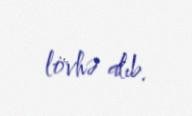
lövhə alıb.